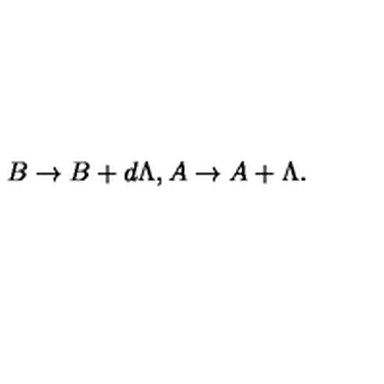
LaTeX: B \rightarrow B + d \Lambda , A \rightarrow A + \Lambda .